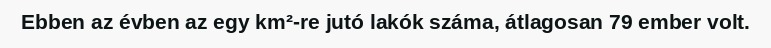
Ebben az évben az egy km²-re jutó lakók száma, átlagosan 79 ember volt.